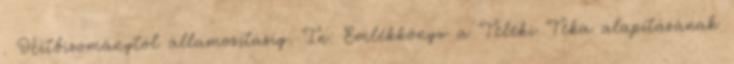
. Hitbizománytól államosításig. In: Emlékkönyv a Teleki Téka alapításának